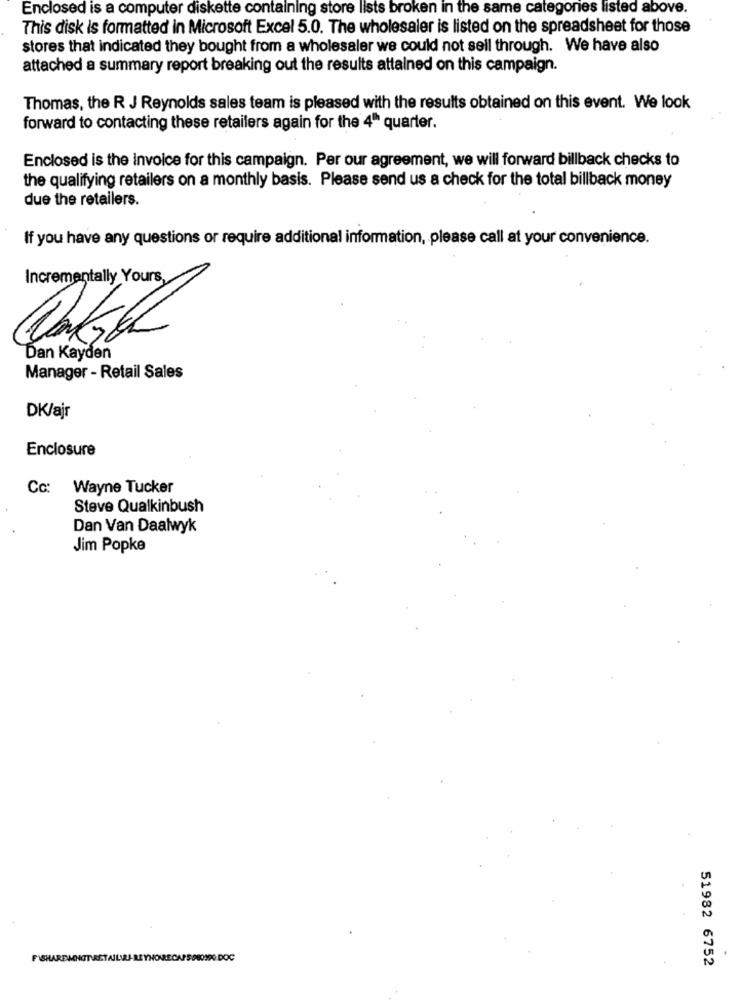
Enclosed is a computer diskette containing store lists broken in the same categories listed above.
This disk is formatted in Microsoft Excel 5.0. The wholesaler is listed on the spreadsheet for those
stores that indicated they bought from a wholesaler we could not sell through. We have also
attached a summary report breaking out the results attained on this campaign.
Thomas, the R J Reynolds sales team is pleased with the results obtained on this event. We look
forward to contacting these retailers again for the 4º quarter.
Enclosed is the invoice for this campaign. Per our agreement, we will forward billback checks to
the qualifying retailers on a monthly basis. Please send us a check for the total billback money
due the retailers.
If you have any questions or require additional information, please call at your convenience.
Incrementally Yours,
Dan Kayden
Manager - Retail Sales
DK/ajr
Enclosure
Cc: Wayne Tucker
Steve Qualkinbush
Dan Van Daalwyk
Jim Popke
51982 6752